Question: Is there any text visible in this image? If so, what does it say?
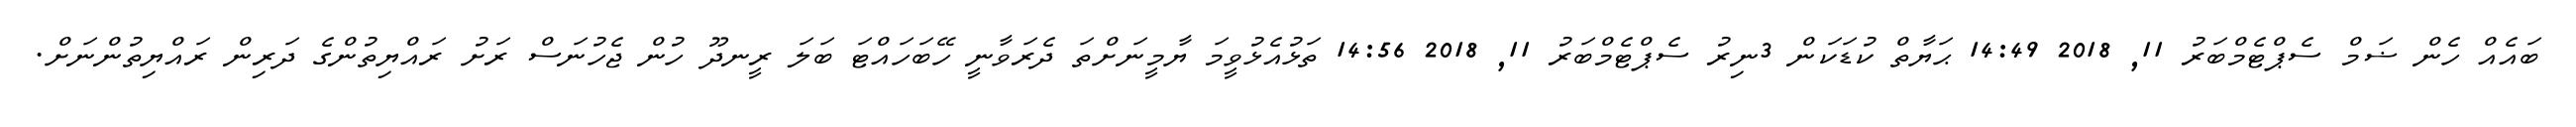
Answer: ބައެއް ހެން ޟަމް ސެޕްޓެމްބަރު 11, 2018 14:49 ޙަޔާތް ކުޑަކަން 3ނިރު ސެޕްޓެމްބަރު 11, 2018 14:56 ތަޅުއެޅުވީމަ ޔާމީނަށްތަ ދެރަވާނީ ހޭބަހައްޓަ ބަލަ ރީނދޫ ހުން ޖެހުނަސް ރަށު ރައްޔިތުންގެ ދަރިން ރައްޔިތުންނަށް.